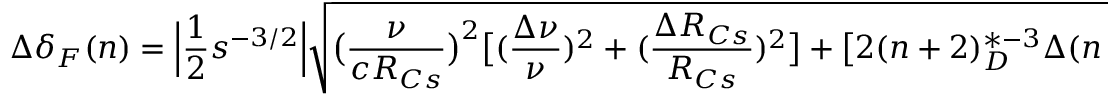
\Delta \delta _ { F } ( n ) = \Big | \frac { 1 } { 2 } s ^ { - 3 / 2 } \Big | \sqrt { \big ( \frac { \nu } { c R _ { C s } } \big ) ^ { 2 } \big [ ( \frac { \Delta \nu } { \nu } ) ^ { 2 } + ( \frac { \Delta R _ { C s } } { R _ { C s } } ) ^ { 2 } \big ] + \big [ 2 ( n + 2 ) _ { D } ^ { * - 3 } \Delta ( n + 2 ) _ { D } ^ { * } \big ] ^ { 2 } } \quad .